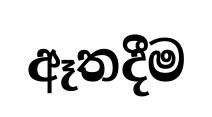
ඈතදීම